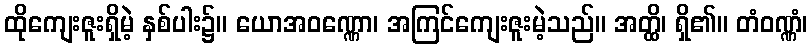
ထိုကျေးဇူးရှိမဲ့ နှစ်ပါး၌။ ယောအဝဏ္ဏော၊ အကြင်ကျေးဇူးမဲ့သည်။ အတ္ထိ၊ ရှိ၏။ တံဝဏ္ဏံ၊